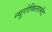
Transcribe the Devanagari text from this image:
न्यूरोफिलामेंट